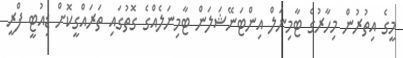
މީގެ އިތުރުން މިހާރުގެ ޓާމިނަލް އިންޓަނޭޝަލަން ޓާމިނަލެއްގެ ގޮތުގައި ތަރައްގީކޮށް ޑިއުޓީ ފްރީ